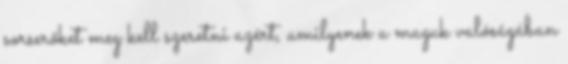
sorserőket meg kell szeretni azért, amilyenek a maguk valóságában